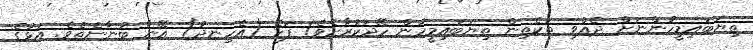
ތިޔަބައިމީހުންނަށް ދެއްވި ތަކެތިން ތިޔަބައިމީހުން ހޭދަކުރާށެވެ! ފަހެ (އެހިނދު) އޭނާ ބުނާނެތެވެ. އަޅުގެ